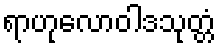
ရာဟုလောဝါဒသုတ္တံ